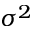
\sigma ^ { 2 }